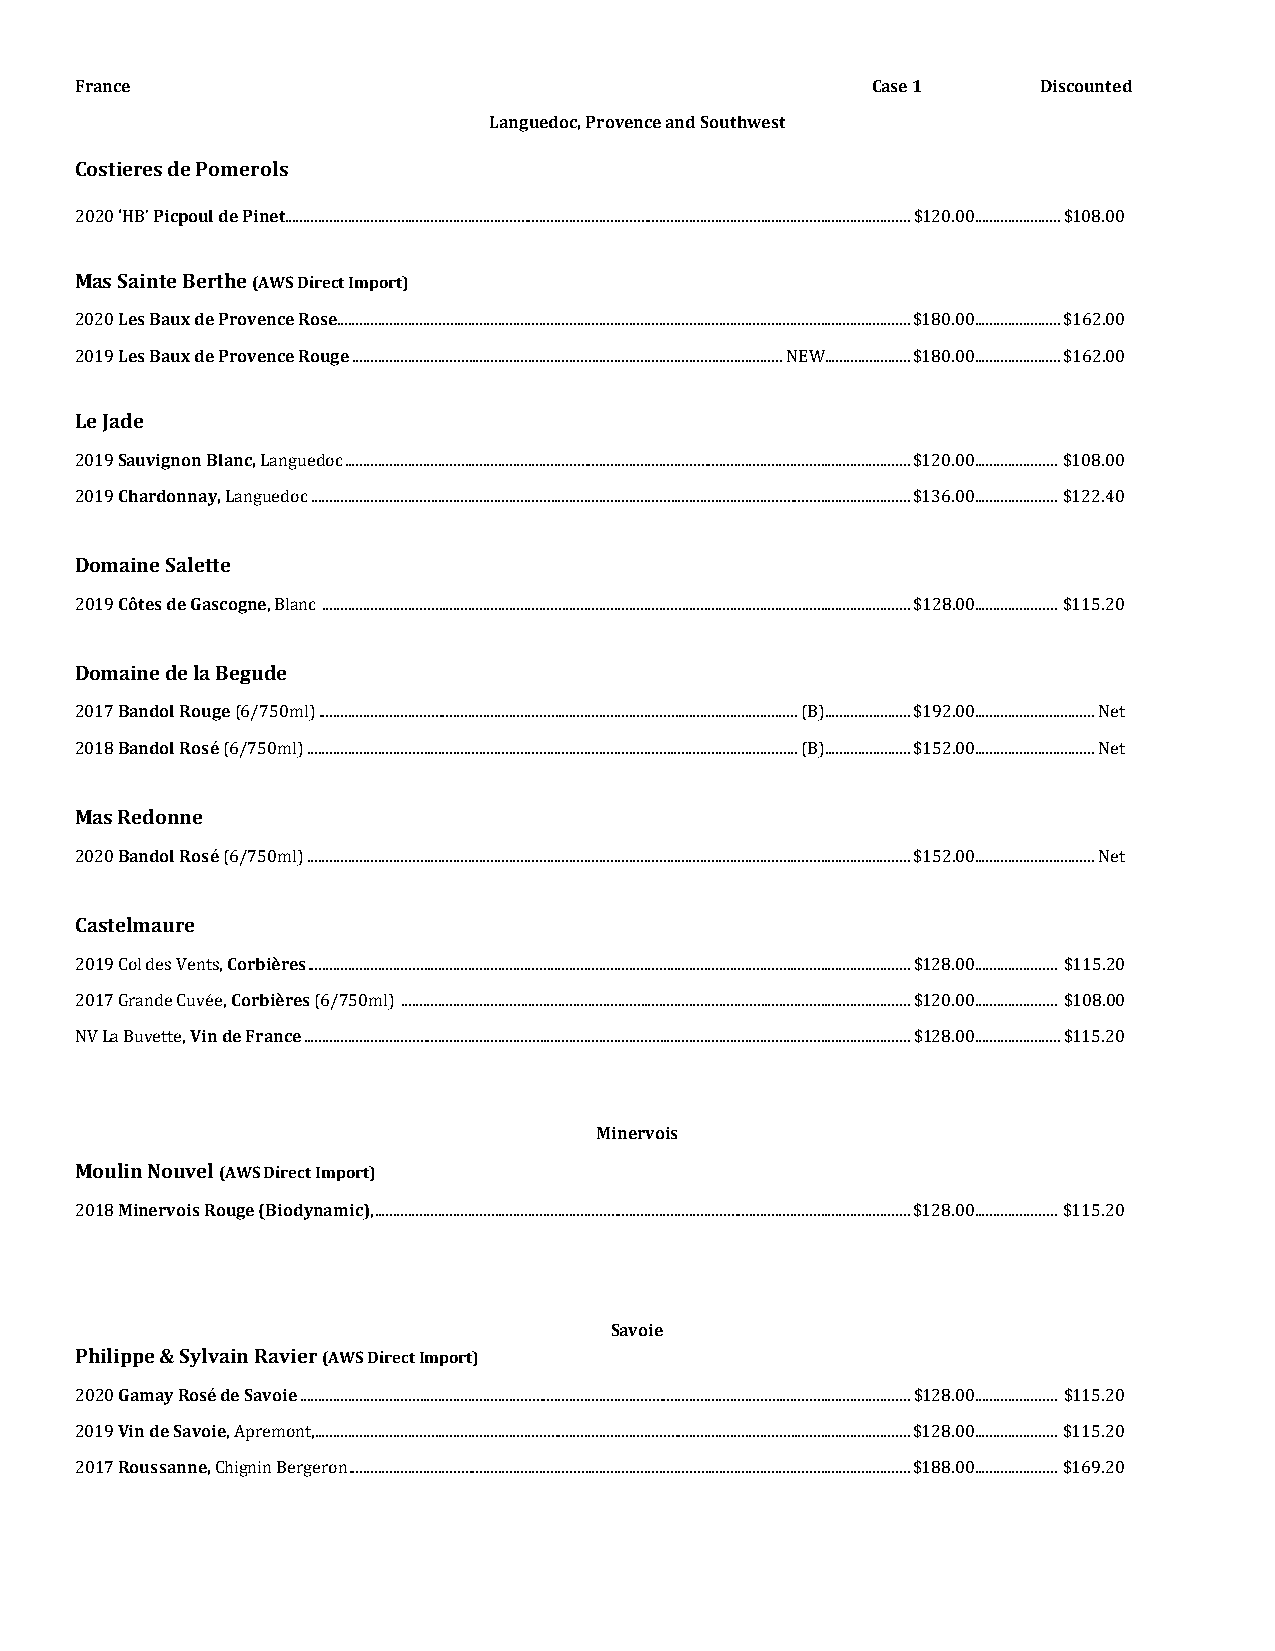
France                                               Case 1     Discounted
 Languedoc, Provence and Southwest
 Costieres de Pomerols
 Picpoul de Pinet
 2 020 ‘HB’    ....................................................................................................................................................................... $120.00....................... $108.00
 Mas Sainte Berthe (AWS Direct Import)
 Les Baux de Provence Rose
 2020 Les Baux de Provence Roug.e........................................................................................................................................................ $180.00....................... $162.00
 2 019             ................................................................................................................... NEW....................... $180.00....................... $162.00
 Le Jade
 Sauvignon Blanc,
 2019 Chardonnay, Languedoc ....................................................................................................................................................... $120.00...................... $108.00
 2 019     Languedoc ................................................................................................................................................................ $136.00...................... $122.40
 Domaine Salette
 Côtes de Gascogne
 2019         , Blanc ............................................................................................................................................................. $128.00...................... $115.20
 Domaine de la Begude
 Bandol Rouge
 2017 Bandol Rosé (6/750ml) ................................................................................................................................ (B)....................... $192.00................................ Net
 2 018     (6/750ml) ................................................................................................................................... (B)....................... $152.00................................ Net
 Mas Redonne
 Bandol Rosé
 2 020     (6/750ml) ................................................................................................................................................................. $152.00................................ Net
 Castelmaure
 Corbières
 2019 Col des Vents, Corbières ................................................................................................................................................................. $128.00...................... $115.20
 2017 Grande CuVviéne d, e France (6/750ml) ........................................................................................................................................ $120.00...................... $108.00
 NV La Buvette, .................................................................................................................................................................. $128.00....................... $115.20
 Minervois
 Moulin Nouvel (AWS Direct Import)
 Minervois Rouge (Biodynamic)
 2018                , ............................................................................................................................................... $128.00...................... $115.20
 Savoie
 Philippe & Sylvain Ravier (AWS Direct Import)
 GamayRosé de Savoie
 2020 Vin de S avoie ................................................................................................................................................................... $128.00...................... $115.20
 2019 Roussanne, , Apremont, ............................................................................................................................................................... $128.00...................... $115.20
 2 017    Chignin Bergeron ...................................................................................................................................................... $188.00...................... $169.20